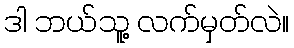
ဒါ ဘယ်သူ့ လက်မှတ်လဲ။